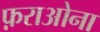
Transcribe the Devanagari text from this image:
फ़राओना